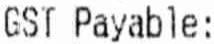
GST PAYABLE: